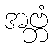
အဗ္ဘံ